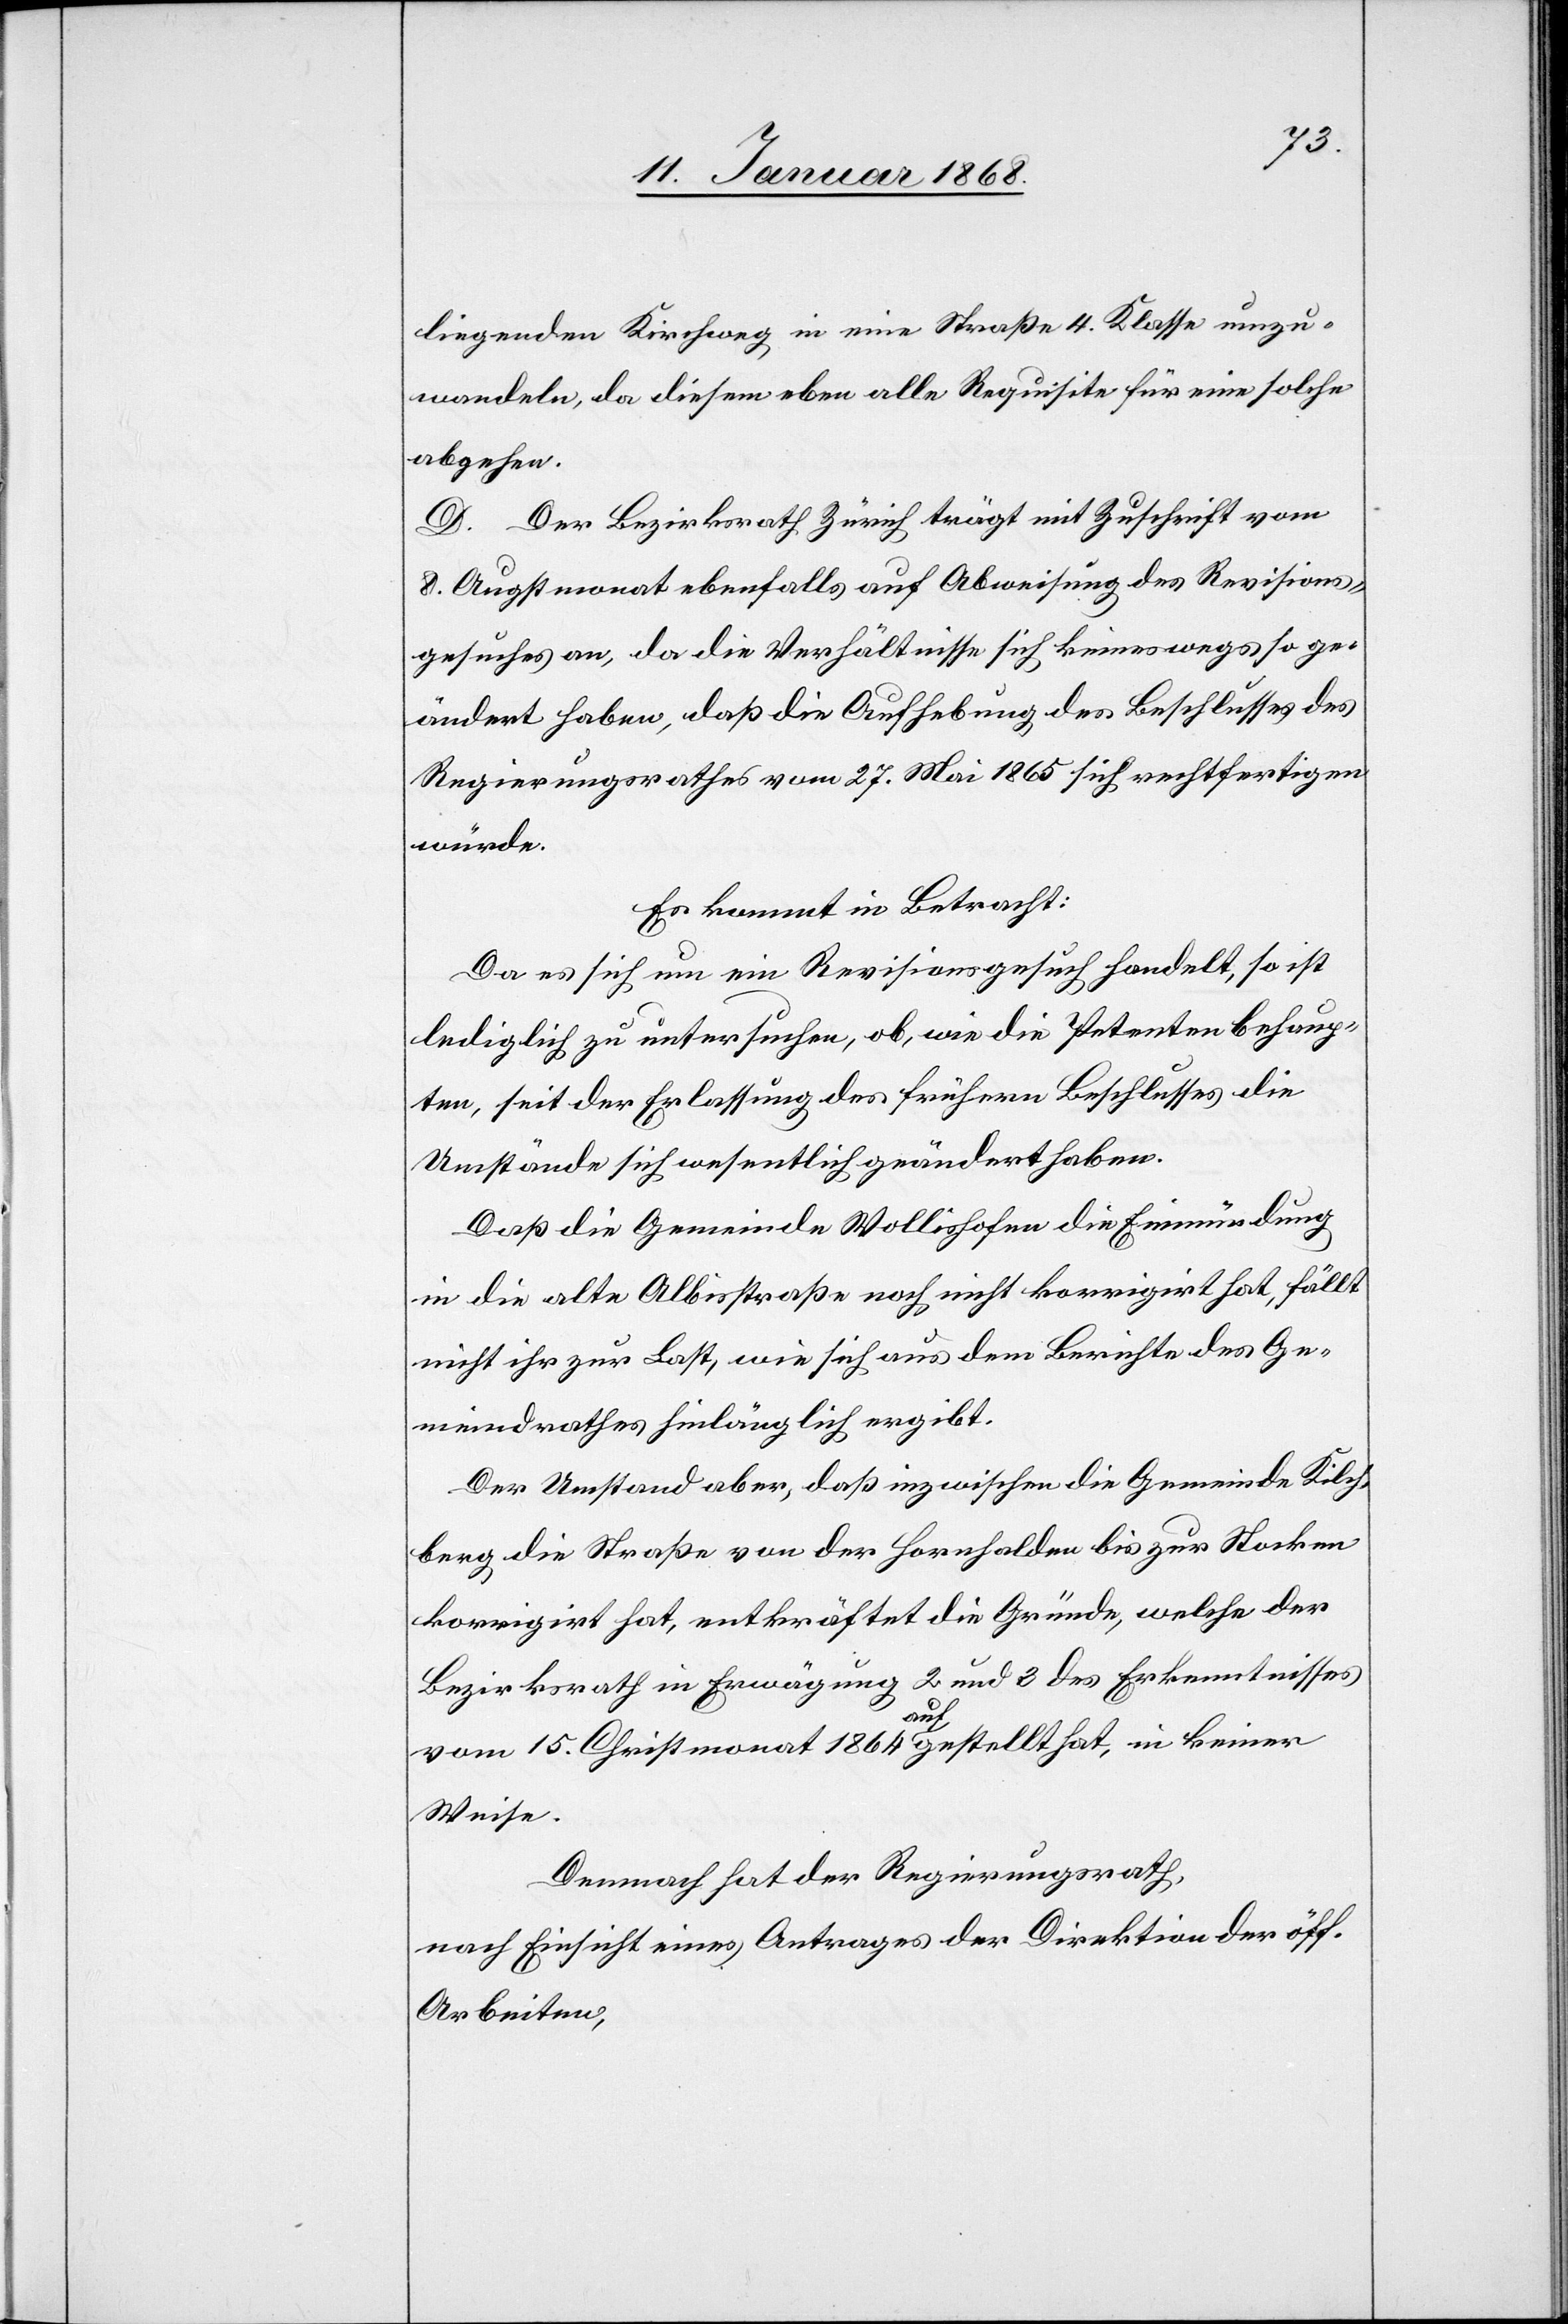
liegenden Kirchweg in eine Straße 4. Klasse umzu¬
wandeln, da diesem eben alle Requisite für eine solche
abgehen.
D. Der Bezirksrath Zürich trägt mit Zuschrift vom
8. Augstmonat ebenfalls auf Abweisung des Revisions¬
gesuches an, da die Verhältnisse sich keineswegs so ge¬
ändert haben, daß die Aufhebung des Beschlusses des
Regierungsrathes vom 27. Mai 1865 sich rechtfertigen
würde.
Es kommt in Betracht:
Da es sich um ein Revisionsgesuch handelt, so ist
lediglich zu untersuchen, ob, wie die Petenten behaup¬
ten, seit der Erlassung des frühern Beschlusses die
Umstände sich wesentlich geändert haben.
Daß die Gemeinde Wollishofen die Einmündung
in die alte Albisstraße noch nicht korrigirt hat, fällt
nicht ihr zur Last, wie sich aus dem Berichte des Ge¬
meindrathes hinlänglich ergibt.
Der Umstand aber, daß inzwischen die Gemeinde Kilch¬
berg die Straße von der Hornhalden bis zur Stocken
korrigirt hat, entkräftet die Gründe, welche der
Bezirksrath in Erwägung 2 und 3 des Erkenntnisses
vom 15. Christmonat 1864 aufgestellt hat, in keiner
Weise.
Demnach hat der Regierungsrath,
nach Einsicht eines Antrages der Direktion der öff.
Arbeiten,